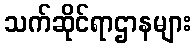
သက်ဆိုင်ရာဌာနများ